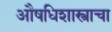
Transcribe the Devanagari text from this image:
औषधिशास्त्राचा